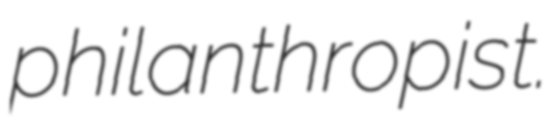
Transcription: philanthropist.